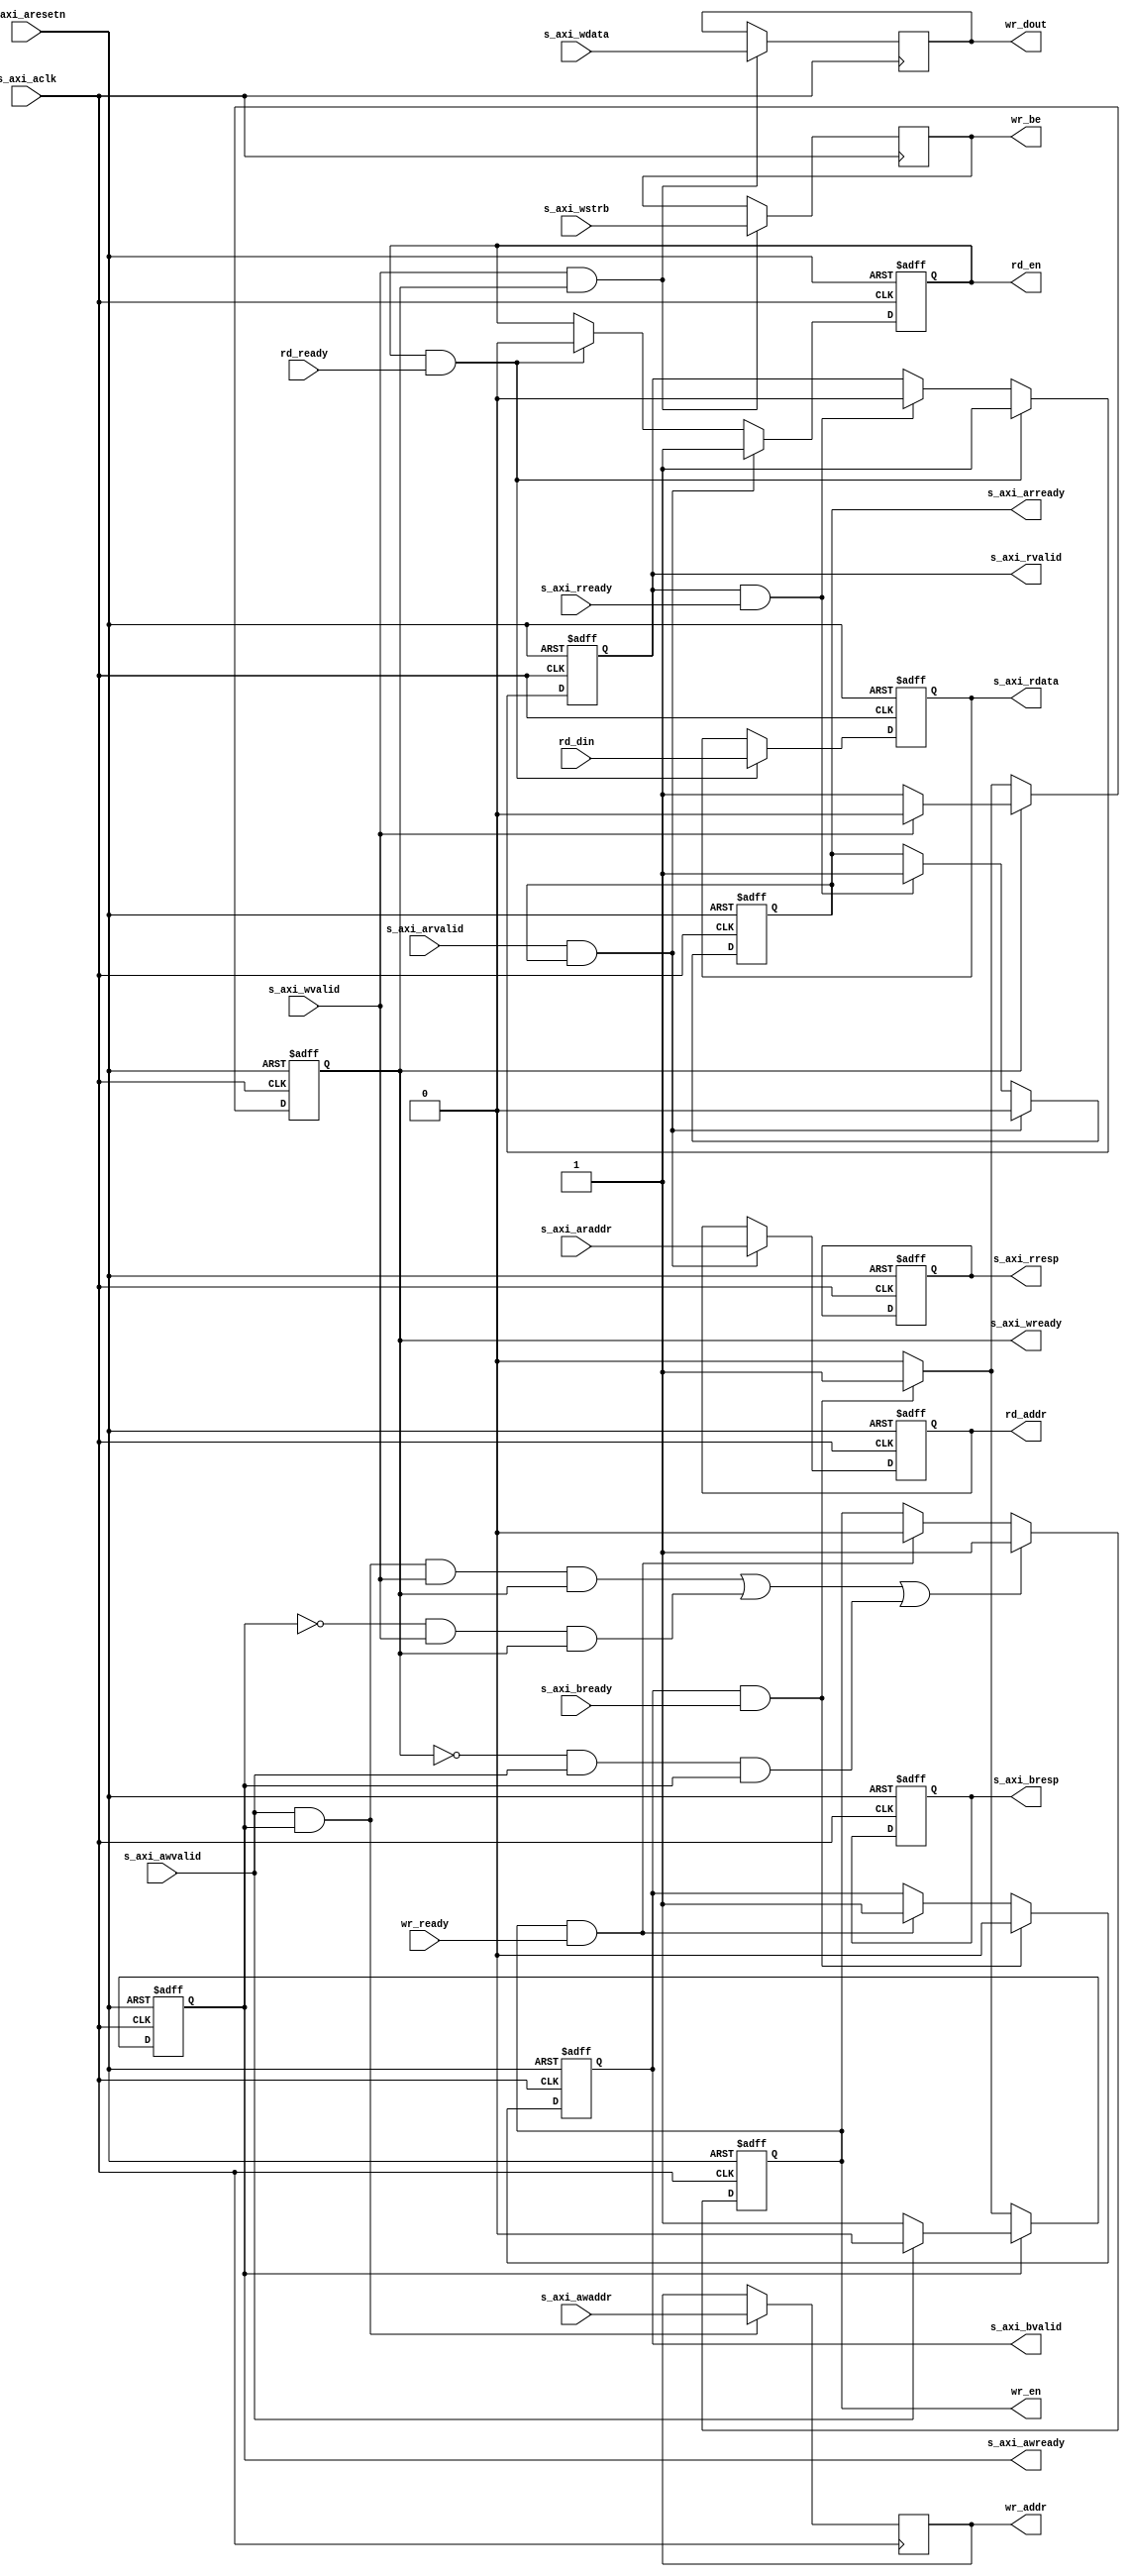
module axi_lite_to_mm #(
	parameter ADDR_BITS=32,
	parameter DATA_BITS=32,
	parameter DATA_BYTES=DATA_BITS/8
)(
	input	s_axi_aclk,
	input	s_axi_aresetn,

	input	[ADDR_BITS-1:0] s_axi_awaddr,
	input	s_axi_awvalid,
	output	s_axi_awready,

	input	[DATA_BITS-1:0] s_axi_wdata,
	input	[DATA_BYTES-1:0] s_axi_wstrb,
	input	s_axi_wvalid,
	output	s_axi_wready,

	output	[1:0] s_axi_bresp,
	output	s_axi_bvalid,
	input	s_axi_bready,

	input	[ADDR_BITS-1:0] s_axi_araddr,
	input	s_axi_arvalid,
	output	s_axi_arready,

	output	[DATA_BITS-1:0] s_axi_rdata,
	output	[1:0] s_axi_rresp,
	output	s_axi_rvalid,
	input	s_axi_rready,

	output	[ADDR_BITS-1:0] wr_addr,
	output	[DATA_BITS-1:0] wr_dout,
	output	[DATA_BYTES-1:0] wr_be,
	output	wr_en,
	input	wr_ready,

	output	[ADDR_BITS-1:0] rd_addr,
	input	[DATA_BITS-1:0] rd_din,
	output	rd_en,
	input	rd_ready
);


reg awready_r;
reg wready_r;
reg [1:0] bresp_r;
reg bvalid_r;
reg arready_r;
reg [31:0] rdata_r;
reg rvalid_r;
reg [1:0] rresp_r;

reg [ADDR_BITS-1:0] write_addr;
reg [31:0] write_data;
reg write_enable;
reg [3:0] write_be;
wire write_done;

reg [ADDR_BITS-1:0] read_addr;
wire [31:0] read_data;
reg read_enable;
wire read_done;

assign s_axi_awready = awready_r;
assign s_axi_wready = wready_r;
assign s_axi_bresp = bresp_r;
assign s_axi_bvalid = bvalid_r;
assign s_axi_arready = arready_r;
assign s_axi_rdata = rdata_r;
assign s_axi_rresp = rresp_r;
assign s_axi_rvalid = rvalid_r;

assign wr_addr = write_addr;
assign wr_dout = write_data;
assign wr_be = write_be;
assign wr_en = write_enable;
assign write_done = write_enable && wr_ready;

assign rd_addr = read_addr;
assign rd_en = read_enable;
assign read_data = rd_din;
assign read_done = read_enable && rd_ready;

////////////////////////////////////////////////////////////////////////////////
// AXI stage
//% Write Stage
//% Address acknowledge
always @(posedge s_axi_aclk,negedge s_axi_aresetn)
begin
	if(!s_axi_aresetn) begin
		awready_r <= 1'b1;
	end
	else if(awready_r) begin
		if(s_axi_awvalid) begin
			awready_r <= 1'b0;
		end
	end
	else if(s_axi_bvalid && s_axi_bready) begin
		awready_r <= 1'b1;
	end
end

//% Data acknowledge
always @(posedge s_axi_aclk,negedge s_axi_aresetn)
begin
	if(!s_axi_aresetn) begin
		wready_r <= 1'b1;
	end
	else if(wready_r) begin
		if(s_axi_wvalid) begin
			wready_r <= 1'b0;
		end
	end
	else if(s_axi_bvalid && s_axi_bready) begin
		wready_r <= 1'b1;
	end
end

//% Write response
always @(posedge s_axi_aclk,negedge s_axi_aresetn)
begin
	if(!s_axi_aresetn) begin
		bvalid_r <= 1'b0;
		bresp_r <= 2'b0;
	end
	else if(s_axi_bvalid && s_axi_bready) begin
		bvalid_r <= 1'b0;
	end
	else if(write_done) begin
		bvalid_r <= 1'b1;
	end
end

//% Data write 
always @(posedge s_axi_aclk)
begin
	if(s_axi_awvalid && s_axi_awready) begin
		write_addr <= s_axi_awaddr;
	end
	if(s_axi_wvalid && s_axi_wready) begin
		write_data <= s_axi_wdata;
		write_be <= s_axi_wstrb;
	end
end

//% Write strobe
always @(posedge s_axi_aclk, negedge s_axi_aresetn)
begin
	if(!s_axi_aresetn) begin
		write_enable <= 1'b0;
	end
	else if((s_axi_awvalid&&s_axi_awready&&s_axi_wvalid&&s_axi_wready) 
		|| (!s_axi_awready&&s_axi_wvalid&&s_axi_wready)
		|| (!s_axi_wready&&s_axi_awvalid&&s_axi_awready)) begin
		write_enable <= 1'b1;
	end
	else if(write_done) begin
		write_enable <= 1'b0;
	end
end

//% Read Stage
//% Read Address Acknowledge
always @(posedge s_axi_aclk, negedge s_axi_aresetn)
begin
	if(!s_axi_aresetn) begin
		arready_r <= 1'b1;
	end
	else if(s_axi_arvalid && arready_r) begin
		arready_r <= 1'b0;
	end
	else if(s_axi_rvalid && s_axi_rready) begin
		arready_r <= 1'b1;
	end
end

//% Read Data Response
always @(posedge s_axi_aclk, negedge s_axi_aresetn) 
begin
	if(!s_axi_aresetn) begin
		rvalid_r <= 1'b0;
		rresp_r <= 2'b0;
		rdata_r <= 'bx;
	end
	else if(read_done) begin
		rdata_r <= read_data;
		rvalid_r <= 1'b1;
	end
	else if(s_axi_rvalid && s_axi_rready) begin
		rvalid_r <= 1'b0;
	end
end

//% Read strobe
always @(posedge s_axi_aclk, negedge s_axi_aresetn) 
begin
	if(!s_axi_aresetn) begin
		read_enable <= 1'b0;
		read_addr <= 'bx;
	end
	else if(arready_r && s_axi_arvalid) begin
		read_addr <= s_axi_araddr;
		read_enable <= 1'b1;
	end
	else if(read_done) begin
		read_enable <= 1'b0;
	end
end


endmodule